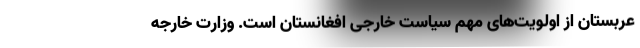
عربستان از اولویت‌های مهم سیاست خارجی افغانستان است. وزارت خارجه